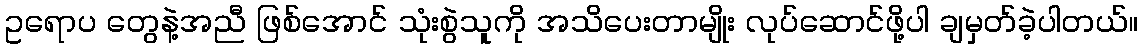
ဥရောပ တွေနဲ့အညီ ဖြစ်အောင် သုံးစွဲသူကို အသိပေးတာမျိုး လုပ်ဆောင်ဖို့ပါ ချမှတ်ခဲ့ပါတယ်။